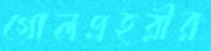
গোলপ্রহরীর